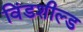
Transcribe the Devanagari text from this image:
विंडशील्‍ड